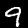
Label: 9